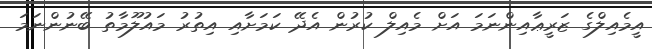
އީމެއިލްގެ ޒަރީޢާއިންނަމަ އަށް މެއިލް ކުރުން އެދޭ ކަމަށާއި އިތުރު މައުލޫމާތު ބޭނުންނަމަ